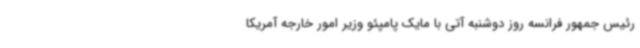
رئیس جمهور فرانسه روز دوشنبه آتی با مایک پامپئو وزیر امور خارجه آمریکا